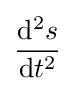
{\frac {\mathrm {d} ^{2}s}{\mathrm {d} t^{2}}}